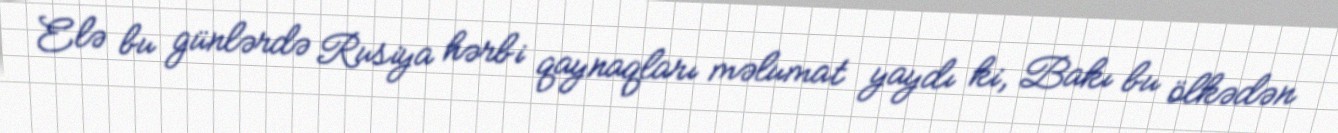
Elə bu günlərdə Rusiya hərbi qaynaqları məlumat yaydı ki, Bakı bu ölkədən